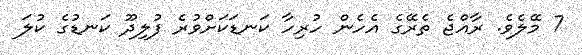
7 މޭލެވެ. ރާއްޖެ ތެރޭގެ އެހެން ހުރިހާ ކަނޑަކަށްވުރެ ފުލިދޫ ކަނޑުގެ ކުލަ